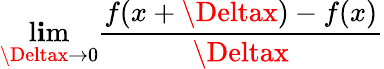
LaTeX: \operatorname*{l\mathbf{i}m}_{\Deltax\to0}{\frac{{f(x+\Deltax)-f(x)}}{{\Deltax}}}